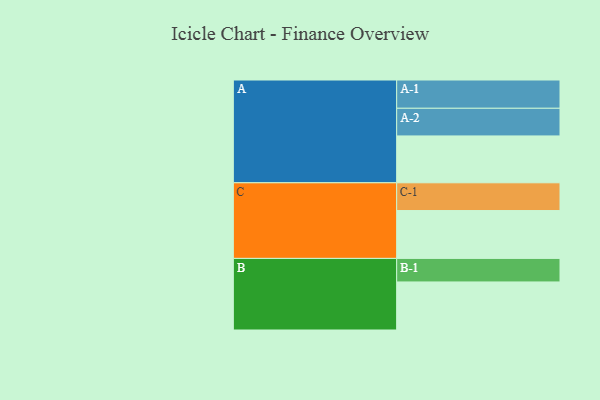
{"axis": {"x": "Segment", "y": "Value"}, "legend": ["", "A", "B", "C"], "data": [{"x": "A", "y": 464, "type": ""}, {"x": "B", "y": 476, "type": ""}, {"x": "C", "y": 474, "type": ""}, {"x": "A-1", "y": 280, "type": "A"}, {"x": "A-2", "y": 274, "type": "A"}, {"x": "B-1", "y": 233, "type": "B"}, {"x": "C-1", "y": 275, "type": "C"}]}